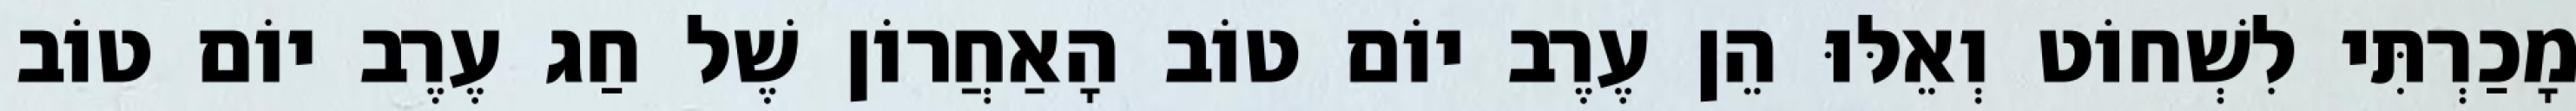
מָכַרְתִּי לִשְׁחוֹט וְאֵלּוּ הֵן עֶרֶב יוֹם טוֹב הָאַחֲרוֹן שֶׁל חַג עֶרֶב יוֹם טוֹב